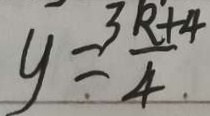
y = \frac { 3 R + 4 } { 4 } .